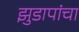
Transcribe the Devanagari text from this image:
झुडापांचा